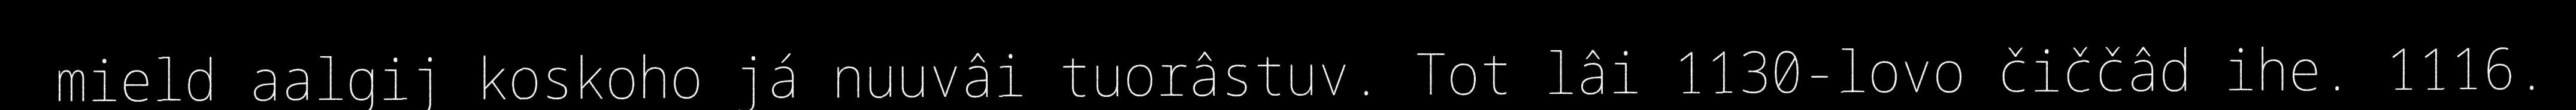
mield aalgij koskoho já nuuvâi tuorâstuv. Tot lâi 1130-lovo čiččâd ihe. 1116.